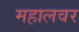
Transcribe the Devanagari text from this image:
महालवर